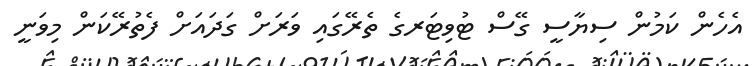
އެހެން ކަމުން ސިޔާސީ ގޭސް ޓުވިޓަރގެ ތެރޭގައި ވަރަށް ގަދައަށް ފެތުރޭކަން މިވަނީ